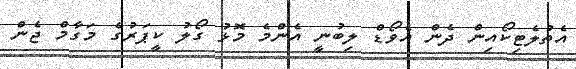
އެތުލެޓިކޯއިން ދެން އެވޯޑް ލިބުނީ އެންމެ މޮޅު ގޯލު ކީޕަރުގެ މަގާމް ޖެން